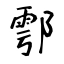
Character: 鄠